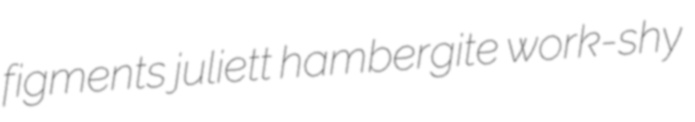
figments juliett hambergite work-shy